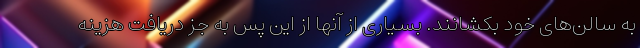
به سالن‌های خود بکشانند. بسیاری از آنها از این پس به جز دریافت هزینه